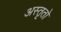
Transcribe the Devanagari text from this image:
अस्तृतो